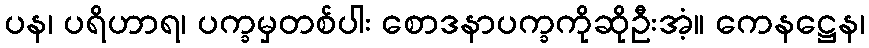
ပန၊ ပရိဟာရ၊ ပက္ခမှတစ်ပါး စောဒနာပက္ခကိုဆိုဦးအံ့။ ကေနဋ္ဌေန၊